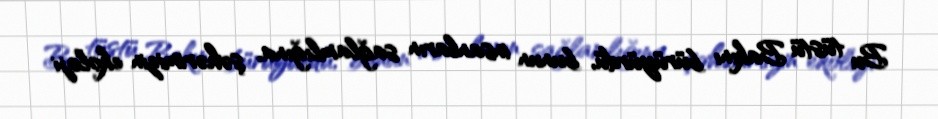
Bu tüstü Bakını bürüyürdü, bunun insanların sağlamlığına, şəhərimizin ekoloji